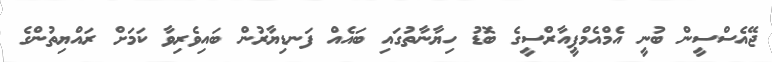
ޖޭއެސްސީން ބުނީ އެމްއެމްޕީއާރްސީގެ ބޮޑު ހިޔާނާތުގައި ބައެއް ފަނޑިޔާރުން ބައިވެރިވާ ކަމަށް ރައްޔިތުންގެ